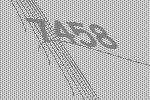
7458